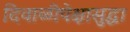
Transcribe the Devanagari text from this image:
दिवाळीपेक्षासुद्धा